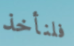
فلنأخذ